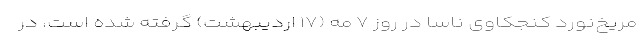
مریخ‌نورد کنجکاوی ناسا در روز ۷ مه (۱۷ اردیبهشت) گرفته شده است، در